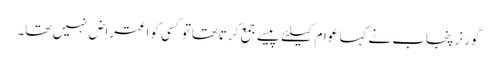
گورنر پنجاب نے کہا عوام کیلئے پیسے جمع کرتاتھاتوکسی کواعتراض نہیں تھا۔